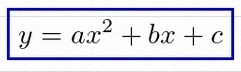
y=ax^2+bx+c